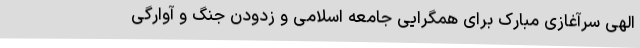
الهی سرآغازی مبارک برای همگرایی جامعه اسلامی و زدودن جنگ و آوارگی